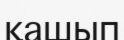
қашып